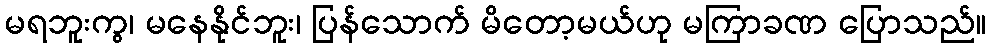
မရဘူးကွ၊ မနေနိုင်ဘူး၊ ပြန်သောက် မိတော့မယ်ဟု မကြာခဏ ပြောသည်။